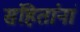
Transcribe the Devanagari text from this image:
संहितांनां